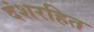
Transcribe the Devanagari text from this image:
दंशरहित